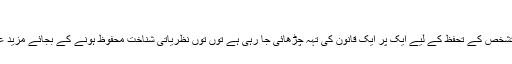
2 ہفتے پہلے	109 Views
جوں جوں پاکستان کے نظریاتی تشخص کے تحفظ کے لیے ایک پر ایک قانون کی تہہ چڑھائی جا رہی ہے توں توں نظریاتی شناخت محفوظ ہونے کے بجائے مزید عدم تحفظ کا شکار نظر آ رہی ہے۔